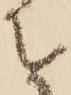
を